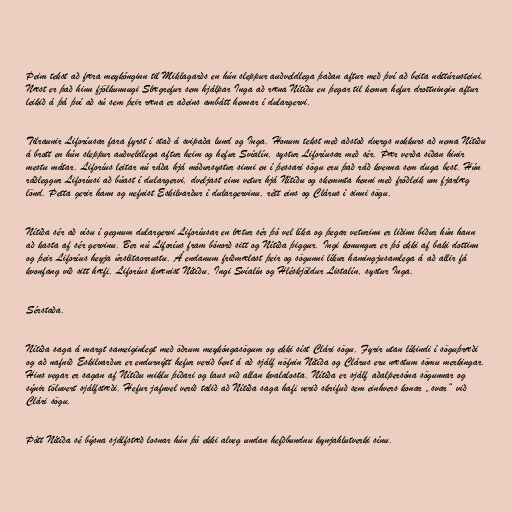
Þeim tekst að færa meykónginn til Miklagarðs en hún sleppur auðveldlega þaðan aftur með því að beita náttúrusteini.
Næst er það hinn fjölkunnugi Slægrefur sem hjálpar Inga að ræna Nítíðu en þegar til kemur hefur drottningin aftur
leikið á þá því að sú sem þeir ræna er aðeins ambátt hennar í dulargervi.

Tilraunir Liforíusar fara fyrst í stað á svipaða lund og Inga. Honum tekst með aðstoð dvergs nokkurs að nema Nítíðu
á brott en hún sleppur auðveldlega aftur heim og hefur Svíalín, systur Liforíusar með sér. Þær verða síðan hinir
mestu mátar. Liforíus leitar nú ráða hjá móðursystur sinni en í þessari sögu eru það ráð kvenna sem duga best. Hún
ráðleggur Liforíusi að búast í dulargervi, dveljast einn vetur hjá Nítíðu og skemmta henni með fróðleik um fjarlæg
lönd. Þetta gerir hann og nefnist Eskilvarður í dulargervinu, rétt eins og Clárus í sinni sögu.

Nítíða sér að vísu í gegnum dulargervi Liforíusar en lætur sér þó vel líka og þegar veturinn er liðinn biður hún hann
að kasta af sér gervinu. Ber nú Liforíus fram bónorð sitt og Nítíða þiggur. Ingi konungur er þó ekki af baki dottinn
og þeir Liforíus heyja úrslitaorrustu. Á endanum friðmælast þeir og sögunni líkur hamingjusamlega á að allir fá
kvonfang við sitt hæfi. Liforíus kvænist Nítíðu, Ingi Svíalín og Hléskjöldur Listalín, systur Inga.

Sérstaða.

Nítíða saga á margt sameiginlegt með öðrum meykóngasögum og ekki síst Clári sögu. Fyrir utan líkindi í söguþræði
og að nafnið Eskilvarður er endurnýtt hefur verið bent á að sjálf nöfnin Nítíða og Clárus eru næstum sömu merkingar.
Hins vegar er sagan af Nítíðu miklu þíðari og laus við allan kvalalosta. Nítíða er sjálf aðalpersóna sögunnar og
sýnir töluvert sjálfstæði. Hefur jafnvel verið talið að Nítíða saga hafi verið skrifuð sem einhvers konar „svar“ við
Clári sögu.

Þótt Nítíða sé býsna sjálfstæð losnar hún þó ekki alveg undan hefðbundnu kynjahlutverki sínu.